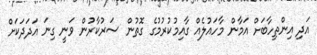
އަދި އިންތިހާބަށް އަމާން މާހައުލެއް ގާއިމުކުރުމުގެ ގޮތުން ސަރުކާރުން ވަނީ ގިނަ އަދަދަކަށް